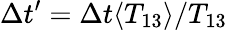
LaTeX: \Delta t^{\prime}=\Delta t\langle{T_{13}}\rangle{}/T_{13}